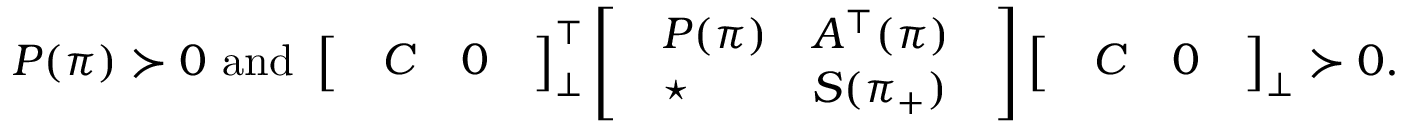
P ( \pi ) \succ 0 \mathrm { ~ a n d ~ } \left[ \begin{array} { l } { \begin{array} { l l } { C } & { 0 } \end{array} } \end{array} \right] _ { \perp } ^ { \top } \left[ \begin{array} { l } { \begin{array} { l l } { P ( \pi ) } & { A ^ { \top } ( \pi ) } \\ { \star } & { S ( \pi _ { + } ) } \end{array} } \end{array} \right] \left[ \begin{array} { l } { \begin{array} { l l } { C } & { 0 } \end{array} } \end{array} \right] _ { \perp } \succ 0 .